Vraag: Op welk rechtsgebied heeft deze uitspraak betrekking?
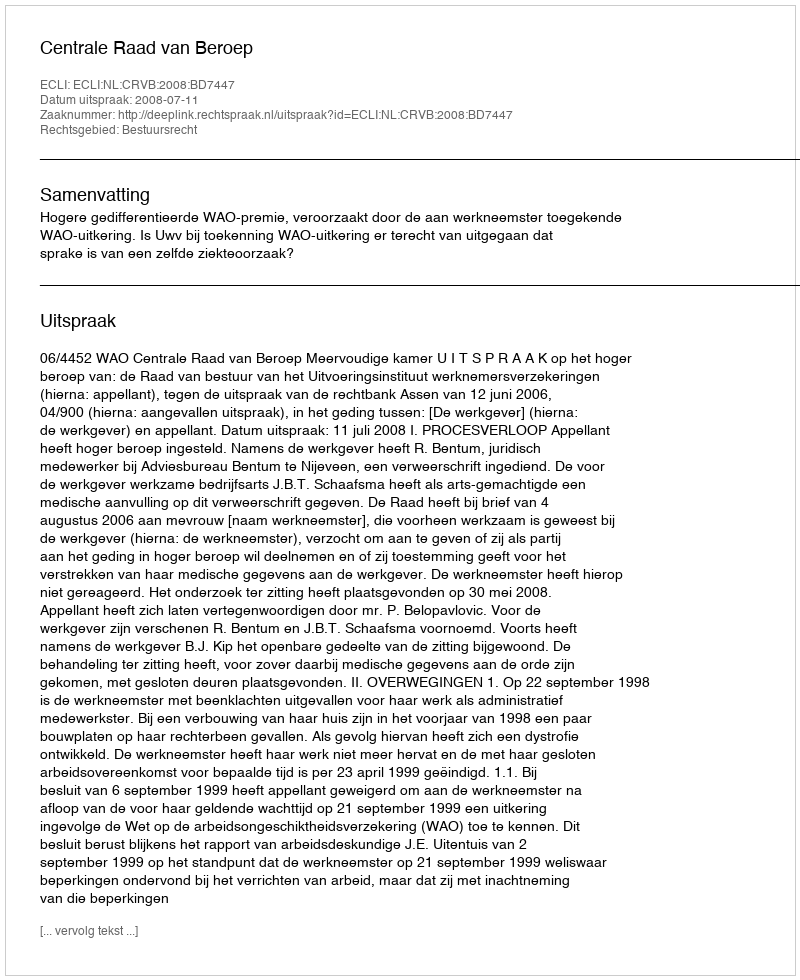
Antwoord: Bestuursrecht